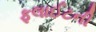
ફલાઈટની